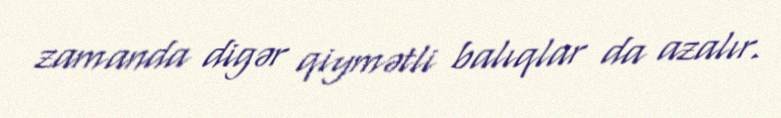
zamanda digər qiymətli balıqlar da azalır.